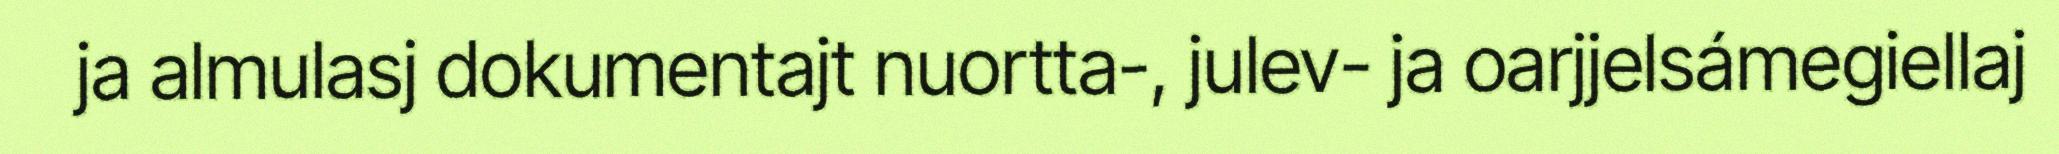
ja almulasj dokumentajt nuortta-, julev- ja oarjjelsámegiellaj